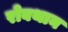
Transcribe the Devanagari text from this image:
रोबथान